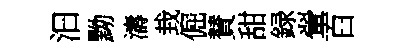
汩黝濤㘽倔賛甜録翬百